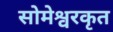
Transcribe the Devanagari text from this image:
सोमेश्वरकृत